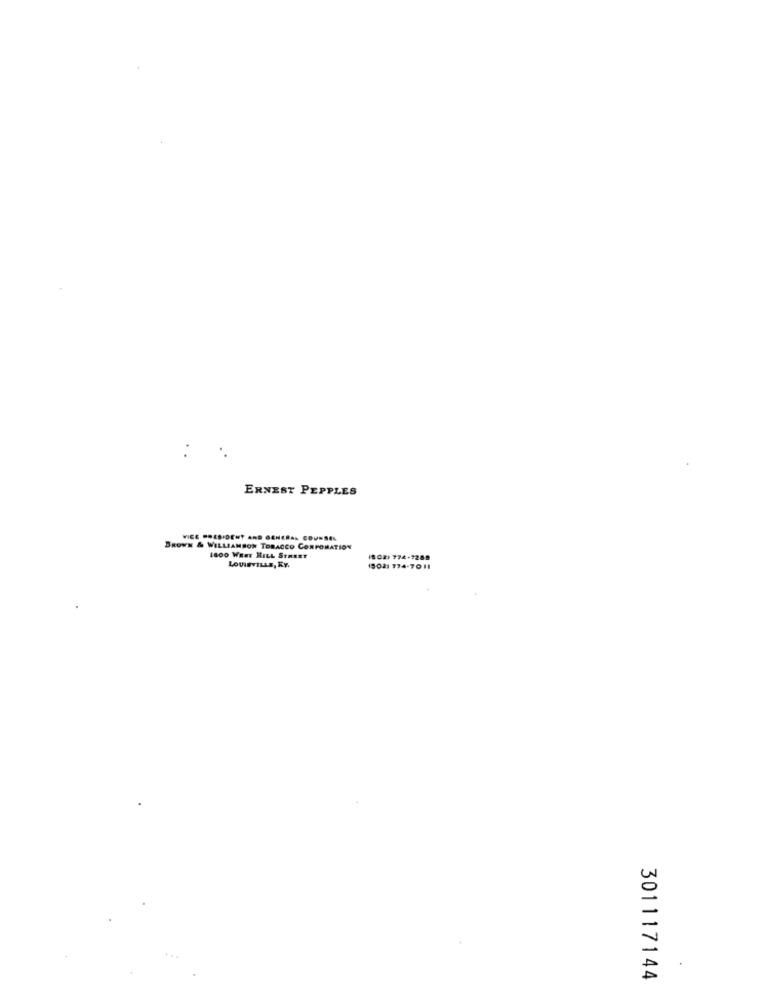
ERNEST PEPPLES
VICE PRESIDENT AND GENERAL COUNSEL
BROWN & WILLIAMSON TOBACCO CORPORATION
1600 Waar HILL STREET
LowInVILLs, KY.
1802) 774-7289
19021 774-7011
301117144